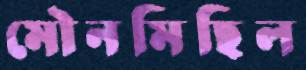
মৌনমিছিল